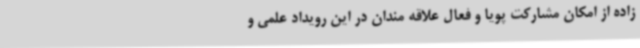
زاده از امکان مشارکت پویا و فعال علاقه مندان در این رویداد علمی و